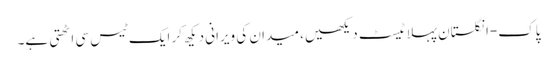
پاک-انگلستان پہلا ٹیسٹ دیکھیں، میدان کی ویرانی دیکھ کر ایک ٹیس سی اٹھتی ہے۔